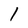
Character: l